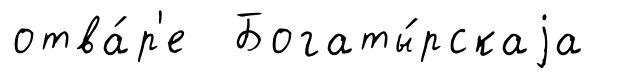
отва́р'е Богаты́рскаjа